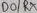
Text: D0